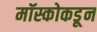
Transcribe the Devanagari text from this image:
मॉस्कोकडून